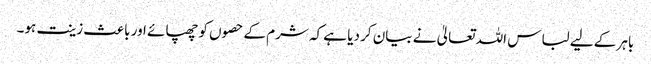
باہر کے لیے لباس اللہ تعالیٰ نے بیان کر دیا ہے کہ شرم کے حصوں کو چھپائے اور باعث زینت ہو۔